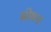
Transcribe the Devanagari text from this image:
भीकह